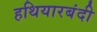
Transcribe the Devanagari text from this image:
हथियारबंदी